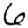
Digit: 6